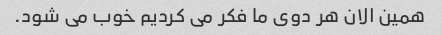
همین الان هر دوی ما فکر می کردیم خوب می شود.